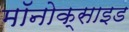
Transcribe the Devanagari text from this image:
मॉनोक्साइड